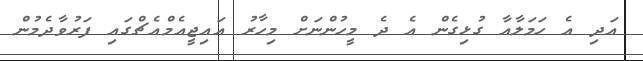
އަދި އެ ހަމަލާއާ ގުޅިގެން އެ ދެ މީހުންނަށް މިހާރު އައިޖީއެމްއެޗްގައި ފަރުވާދެމުން